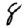
Digit: 8